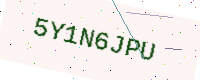
Text: 5Y1N6JPU